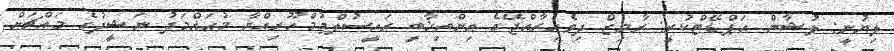
ލިޔުނީ: ލުޝާން އަޕްޑޭޓްކުރީ: ރާމިޒް ދިވެހިރާއްޖޭގެ އިންތިޚާބީ ރައީސުލްޖުމްހޫރިއްޔާ މުޙައްމަދު ނަޝީދުގެ މައްޗަށް